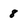
Character: 8